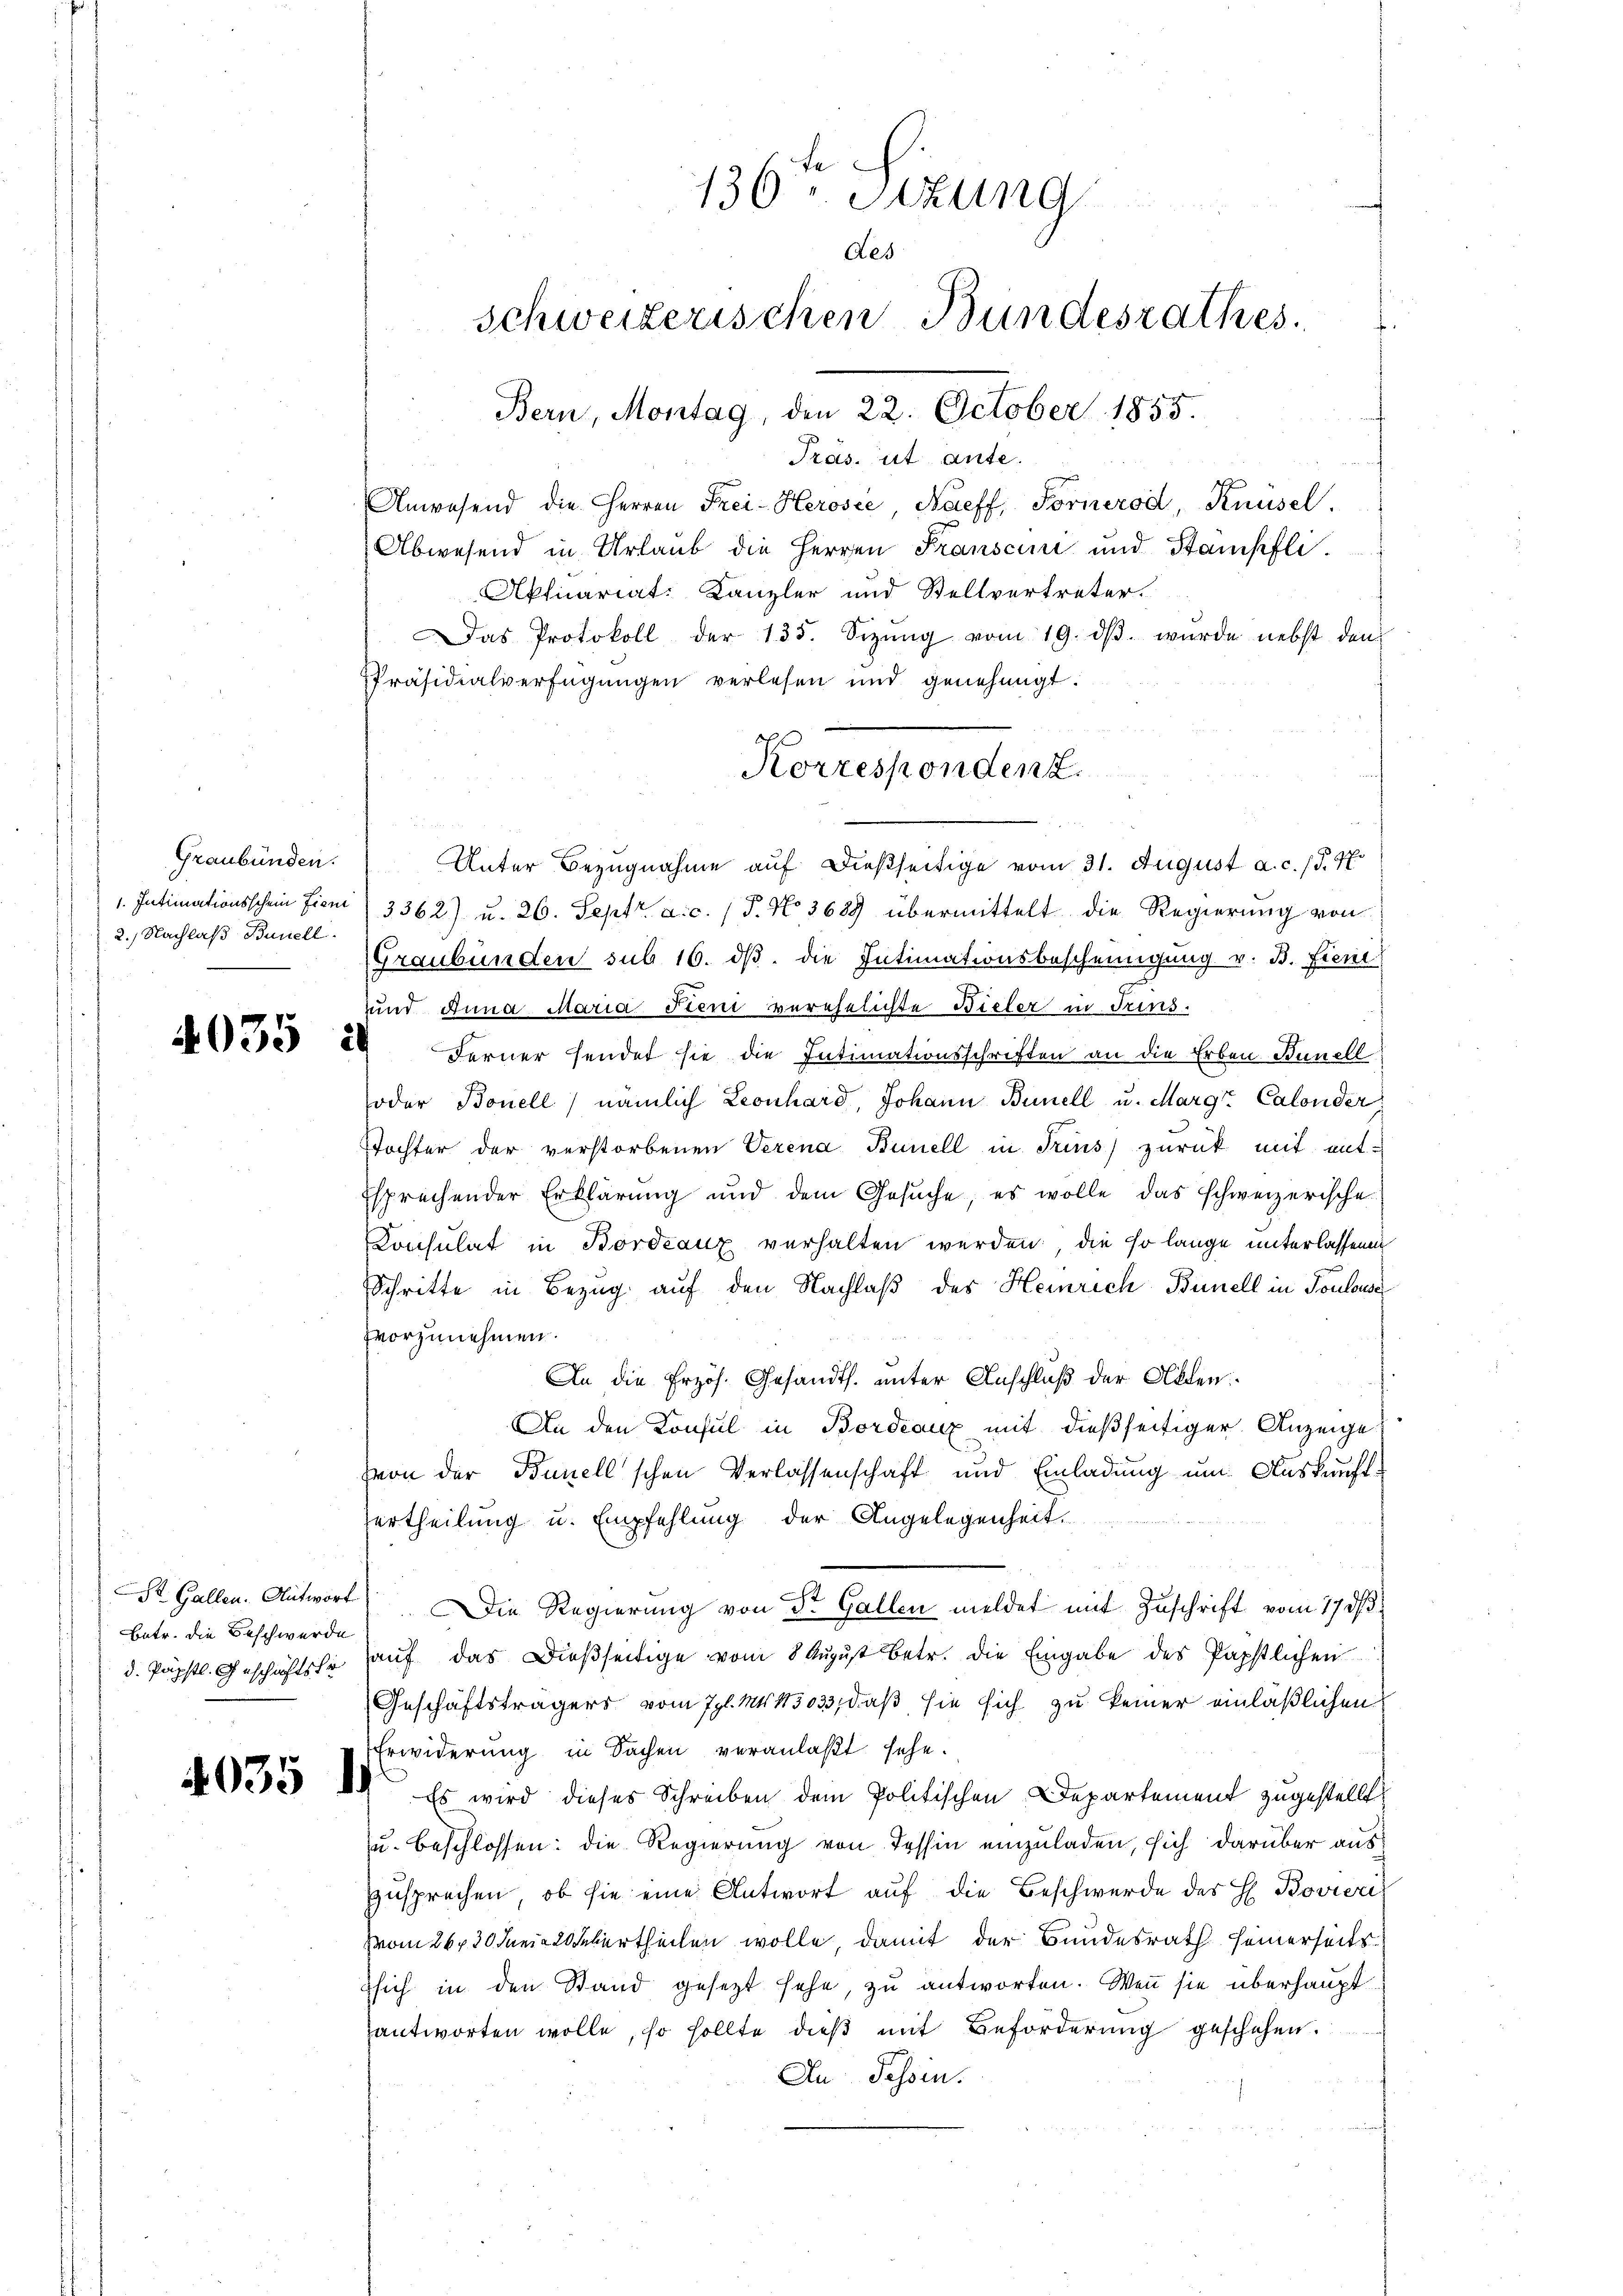
Graubünden.
1. Intimationsschein fien
2.) Nachlaß Bnnell.

4035 :

Batr. die Beschwerde
d. Päpstl. Geschäftsfo

4035

136. Sitzung
des
Schweizerischen Bundesrathes.
Bern, Montag, den 22. October 1855.

Pras, ut ante.
Anwesend die Herren Frei-Herosée, Naeff, Fornerod, Knüsel.
Abwesend in Urlaub die Herren Franscini und Stampfli¬
Aktuariat. Kanzler und Stellvertreter.
Das Protokoll der 135. Sizŭng vom 19. dβ. wurde nebst dem
Präsidialverfügungen verlesen und genehmigt.
Unter Bezugnahme auf dießseitige vom 31. August a. c. J. J.
3362) u. 26. Sept. a. c. (T. No 3689 übermittelt die Regierung von
Graubünden sub 16. dβ. die Intimationsbescheinigung v. B. Fieni
uund Anna Maria Stend verehelichte Bieler in Trins
.
Ferner sendet sie die Intimationsschriften an die Erben Bunell
oder Bonell nämlich Leonhard, Johann Bunell u. Margr Calonder
Tochter der verstorbenen Verena Bunell in Trins zurück mit ent¬
Esprechender Erklärung und dem Gesuche, es wolle das schweizerische
Consulat in Bordeaux verhalten werden die so lange unterlassenen
Schritte in Bezug auf den Nachlaß des Heinrich Bunell in Toulowa
vvorzunehmen.
An die Erzös. Gesandts. unter Anschluß der Allen.
An den Konsul in Bordeaux mit dießseitiger Anzeige
von der Bunellschen Verlassenschaft und Einladung um Auskunftertheilung u. Empfehlung der Angelegenheit.
St. Gallen. Antwort Die Regierung von Dr. Gallen meldet mit Zuschrift vom 17. ds.
auf das Dießseitige vom 8 August betr. die Eingabe des Papstlichen
(Geschäftsträgers vom 7. Mir 183033, daß sie sich zu keiner einläßlichen
Erwiderung in Sachen veranlaßt sehe.
 Es wird dieses Schreiben dem Politischen Departement zugestellt.
u. beschlossen: die Regierung von Tessin einzuladen, sich darüber auszusprechen, ob sie eine Antwort auf die Beschwerde des H. Bovier
vom 26730 Juni leurtheilen wolle, damit der Bundesrath seinerseitszsich in den Stand gesetzt sehe, zu antworten. Wenn sie überhauptantworten wolle, so sollte dieß mit Beförderung geschehen.
An Tessin.

Korresponden z